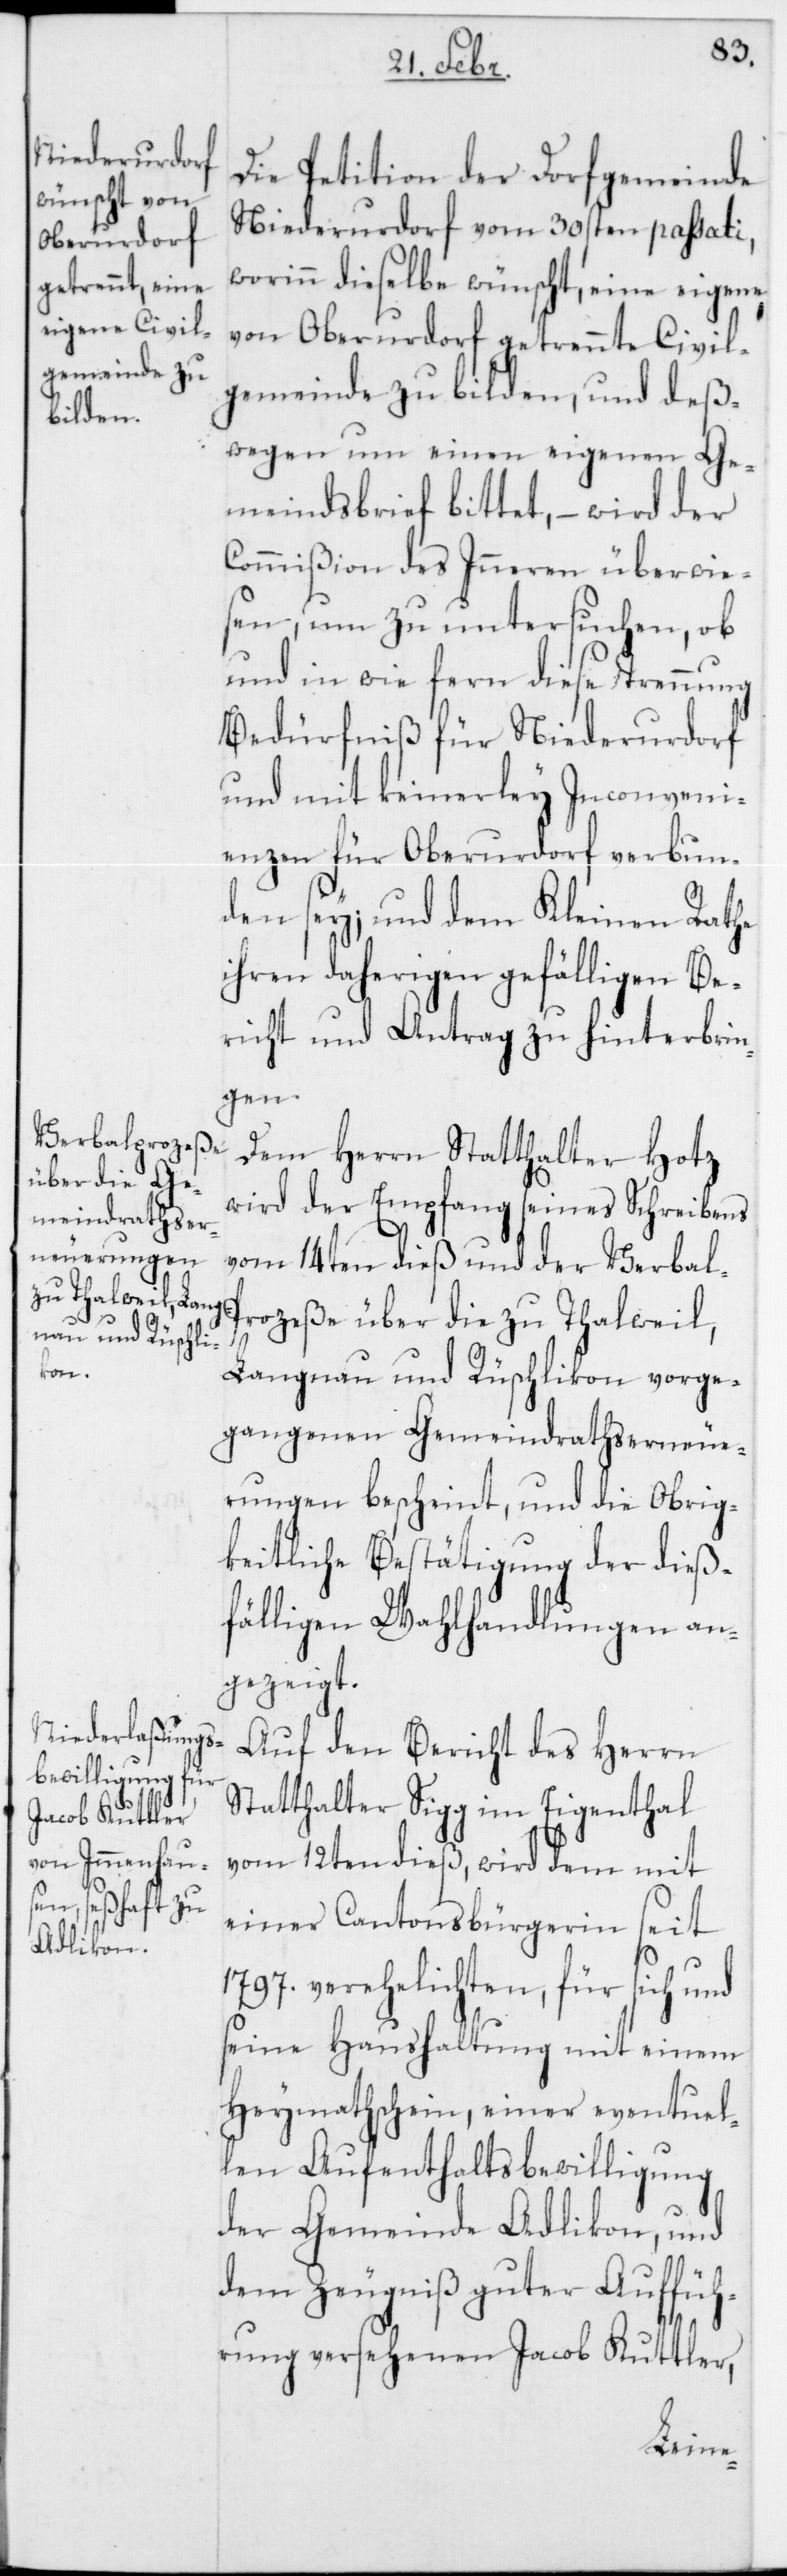
Die Petition der Dorfgemeinde
Niederurdorf vom 30sten passati,
worinn dieselbe wünscht, eine eigene,
von Oberurdorf getrennte Civil¬
gemeinde zu bilden, und deß¬
wegen um einen eigenen Ge¬
meindsbrief bittet, – wird der
Commißion des Inneren überwie¬
sen, um zu untersuchen, ob
und in wie fern diese Trennung
Bedürfniß für Niederurdorf
und mit keinerley Inconveni¬
enzen für Oberurdorf verbun¬
den sey; und dem Kleinen Rathe
ihren daherigen gefälligen Be¬
richt und Antrag zu hinterbrin¬
gen.
Dem Herrn Statthalter Hotz
wird der Empfang seines Schreibens
vom 14ten dieß und der Verbal-P¬
rozeße über die zu Thalweil,
Langnau und Rüschlikon vorge¬
gangenen Gemeindrathserneue¬
rungen bescheint, und die Obrig¬
keitliche Bestätigung der dieß¬
fälligen Wahlhandlungen an¬
gezeigt.
Auf den Bericht des Herrn
Statthalter Sigg im Eigenthal
vom 12ten dieß, wird dem mit
einer Cantonsbürgerin seit
1797. verehelichten, für sich und
seine Haushaltung mit einem
Heymathschein, einer eventuel¬
len Aufenthaltsbewilligung
der Gemeinde Adlikon, und
dem Zeugniß guter Auffüh¬
rung versehenen Jacob Kuttler,